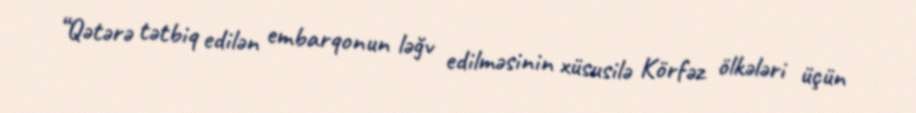
“Qətərə tətbiq edilən embarqonun ləğv edilməsinin xüsusilə Körfəz ölkələri üçün